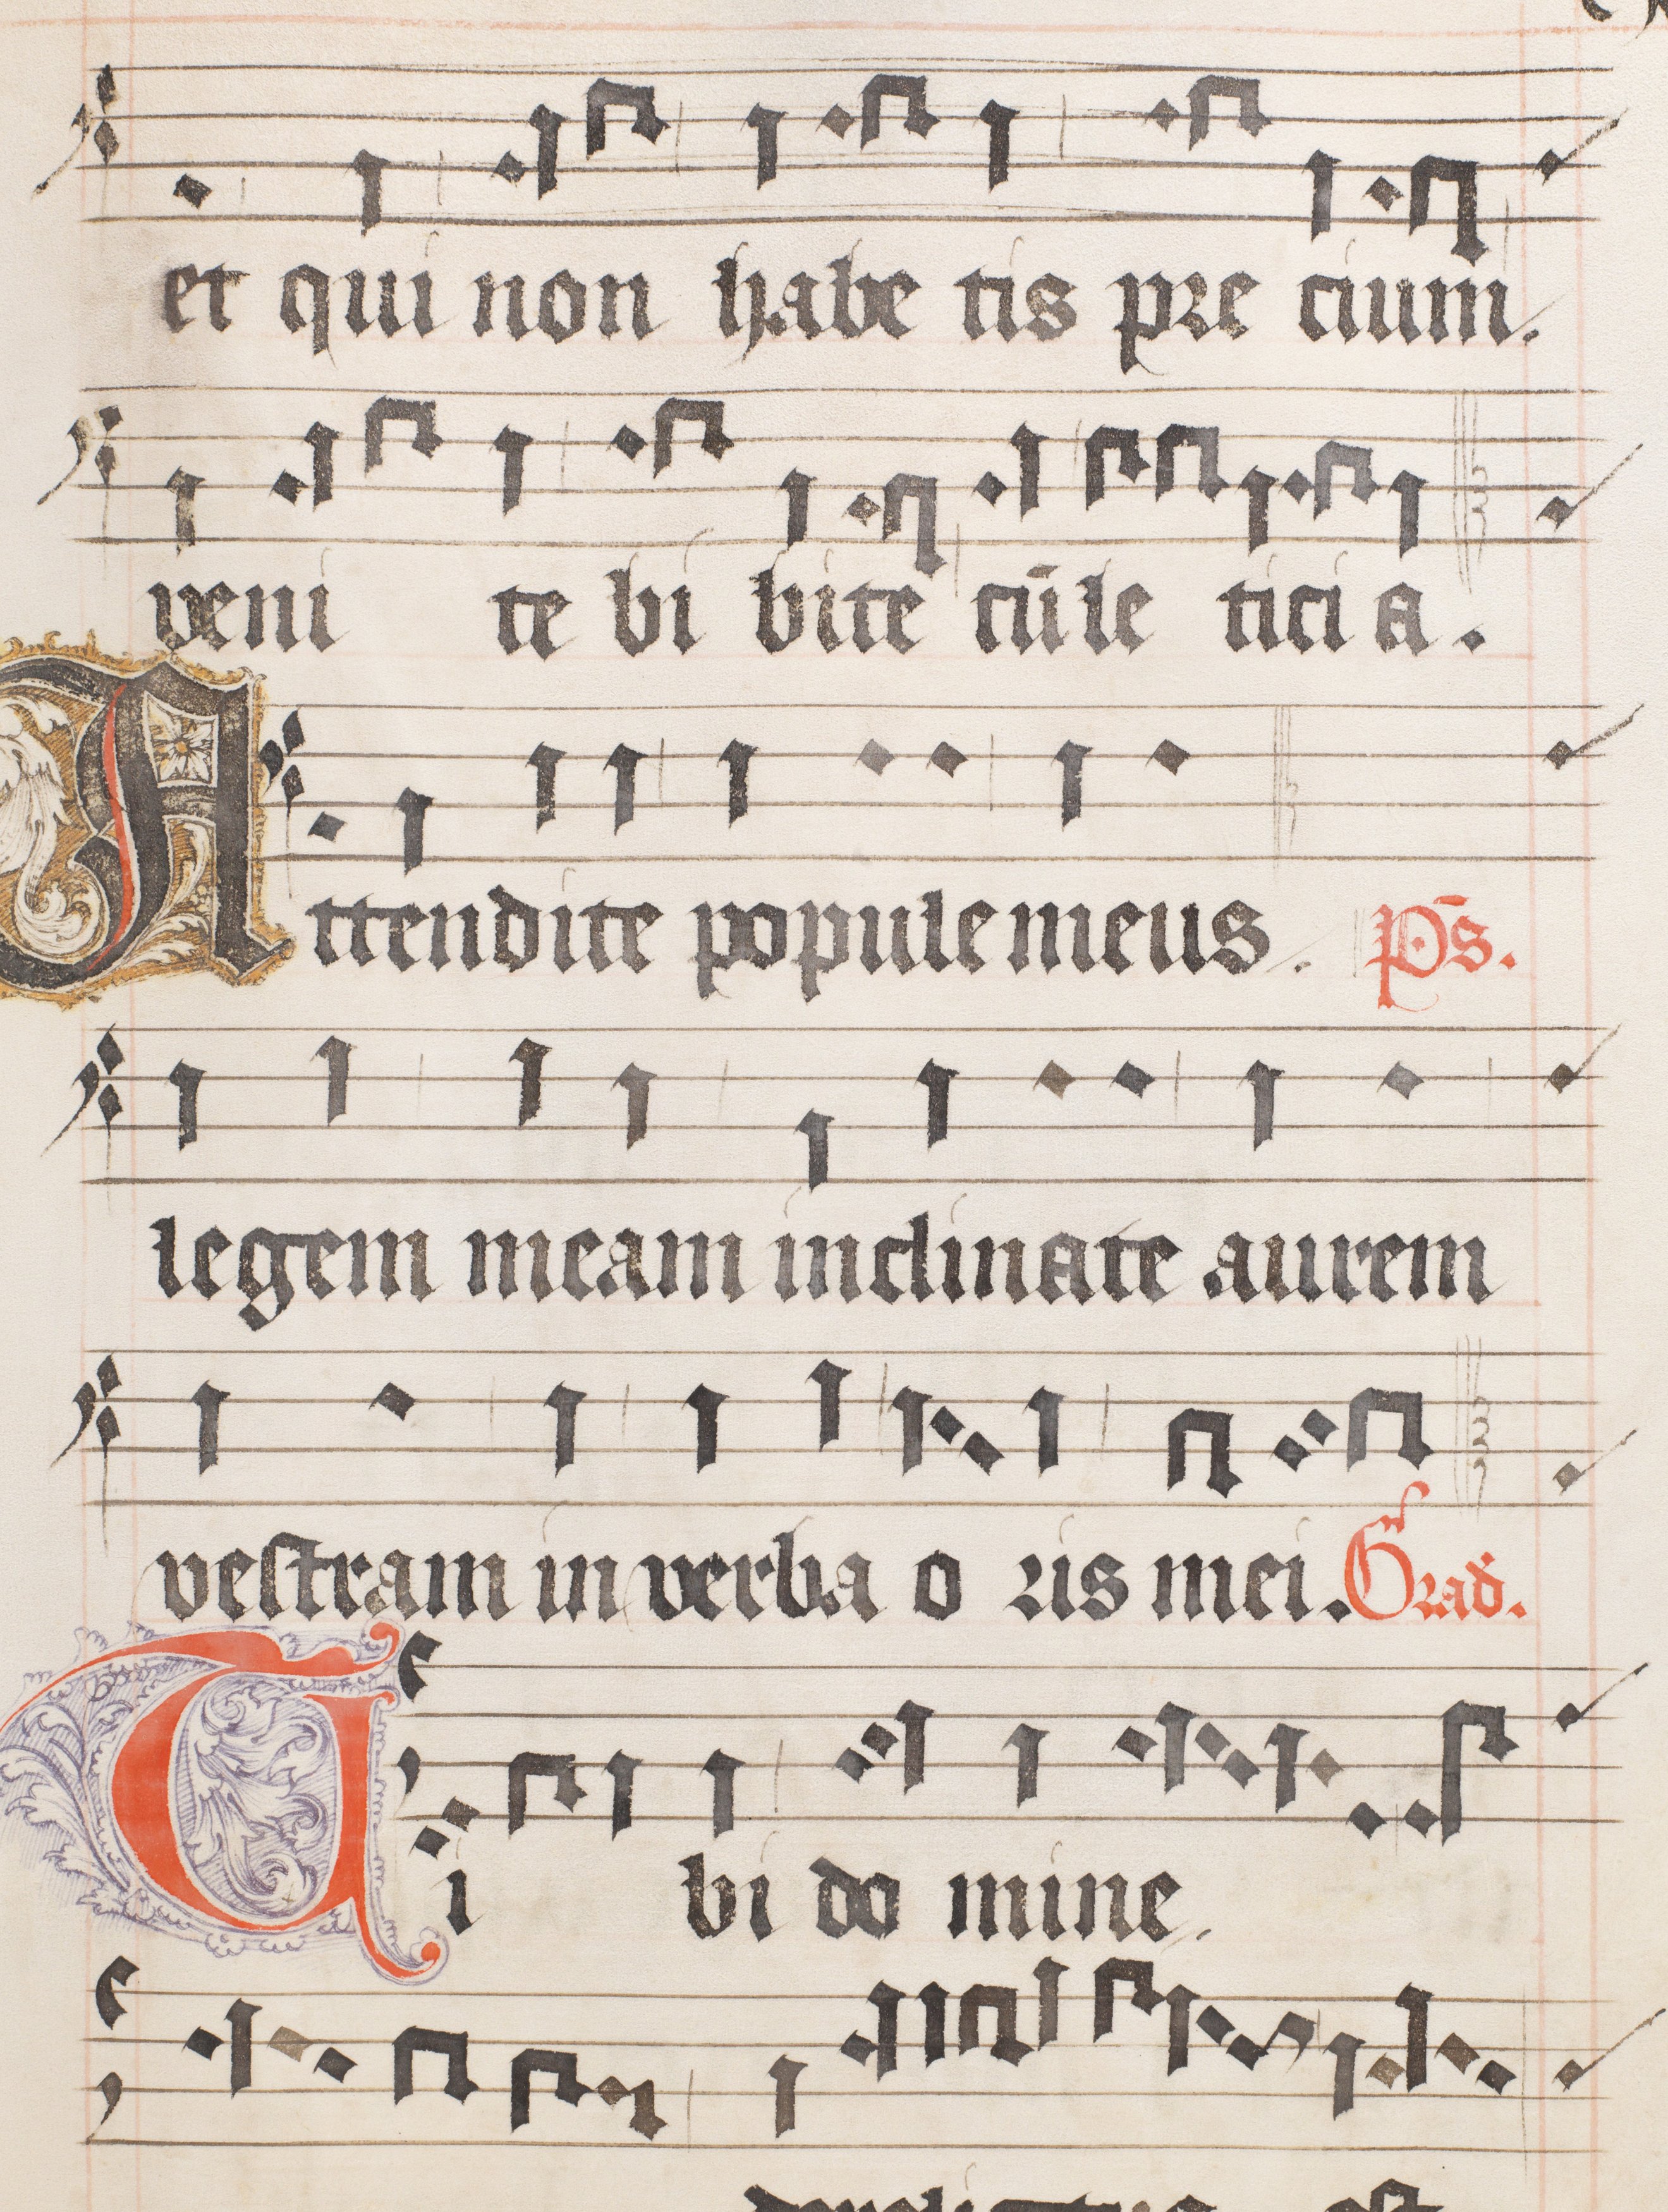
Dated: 1556–1559